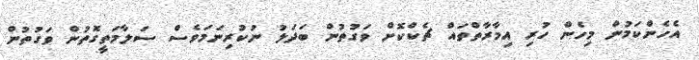
އެހެންކަމުން މިހެން ހުރި އިމާރާތްތައް ޗެކްކޮށް ވަގުތުން ބަދަލު ނުކުރިނަމަވެސް ސަލާމަތީގޮތުން ވަގުތުން